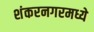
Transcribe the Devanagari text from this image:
शंकरनगरमध्ये